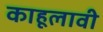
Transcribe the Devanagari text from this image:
काहूलावी